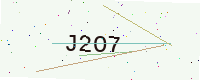
Text: J2O7